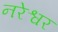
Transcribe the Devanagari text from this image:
नरेश्वर